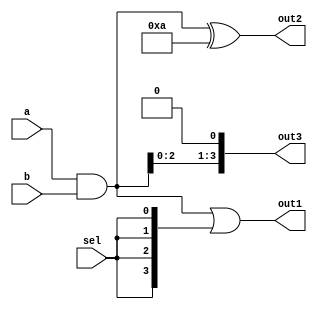
module CombLogicOverlap (
    input  wire [3:0]  a,      // 4-bit input signal
    input  wire [3:0]  b,      // 4-bit input signal
    input  wire        sel,     // Selection signal for output
    output wire [3:0]  out1,    // Output signal 1
    output wire [3:0]  out2,    // Output signal 2
    output wire [3:0]  out3     // Output signal 3
);

// Shared Logic Block
wire [3:0] common_logic; // Common logic output

// Implementing shared logic
assign common_logic = a & b; // Example: AND operation shared between outputs

// Output Logic
assign out1 = common_logic | {4{sel}}; // Output 1 uses common logic with selector
assign out2 = common_logic ^ 4'b1010;   // Output 2 uses common logic with XOR
assign out3 = {common_logic[2:0], 1'b0}; // Output 3 uses common logic with shifting

endmodule